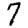
Digit: 7